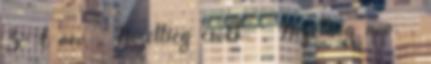
Z-A név , Nézettség csökk. , Nézettség növ. ,